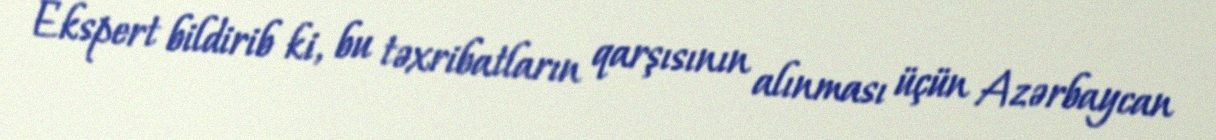
Ekspert bildirib ki, bu təxribatların qarşısının alınması üçün Azərbaycan